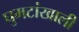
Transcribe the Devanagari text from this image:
घुमटांखाली